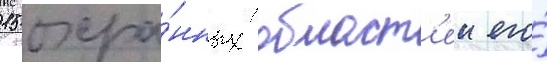
15 охра́нных област'еи его́